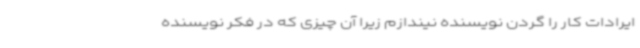
ایرادات کار را گردن نویسنده نیندازم زیرا آن چیزی که در فکر نویسنده